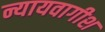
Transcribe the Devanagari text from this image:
न्यायवागीश